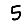
Digit: 5